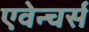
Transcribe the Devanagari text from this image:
एवेन्चर्स